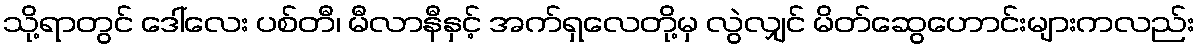
သို့ရာတွင် ဒေါ်လေး ပစ်တီ၊ မီလာနီနှင့် အက်ရှလေတို့မှ လွဲလျှင် မိတ်ဆွေဟောင်းများကလည်း